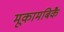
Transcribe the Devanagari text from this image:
मूकामबिकै